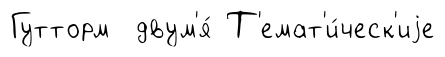
Гутторм двум'я́ Т'емат'и́ческ'иjе